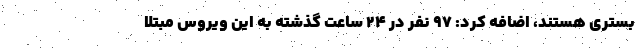
بستری هستند، اضافه کرد: ۹۷ نفر در ۲۴ ساعت گذشته به این ویروس مبتلا